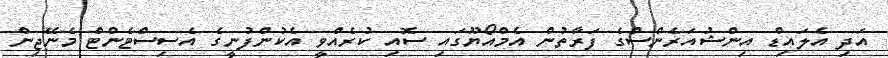
އަދި އެލައިޑް އިންޝުއަރެންސްގެ ފަރާތުން އެމްއޯޔޫގައި ސޮއި ކުރެއްވީ އެކުންފުނީގެ އެސިސްޓެންޓް މެނޭޖިން